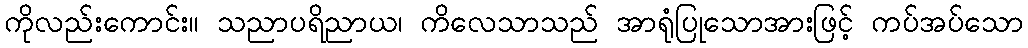
ကိုလည်းကောင်း။ သညာပရိညာယ၊ ကိလေသာသည် အာရုံပြုသောအားဖြင့် ကပ်အပ်သော